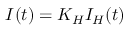
I ( t ) = K _ { H } I _ { H } ( t )